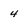
Character: 4